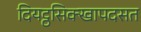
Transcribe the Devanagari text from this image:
दियट्ठसिक्खापदसत